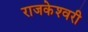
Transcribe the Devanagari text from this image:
राजकेश्‍वरी